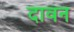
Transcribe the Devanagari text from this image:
दावन